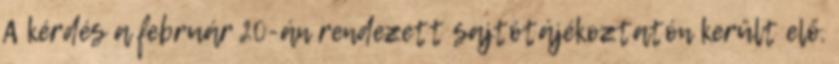
A kérdés a február 20-án rendezett sajtótájékoztatón került elő.